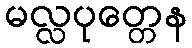
မလ္လပုတ္တေန